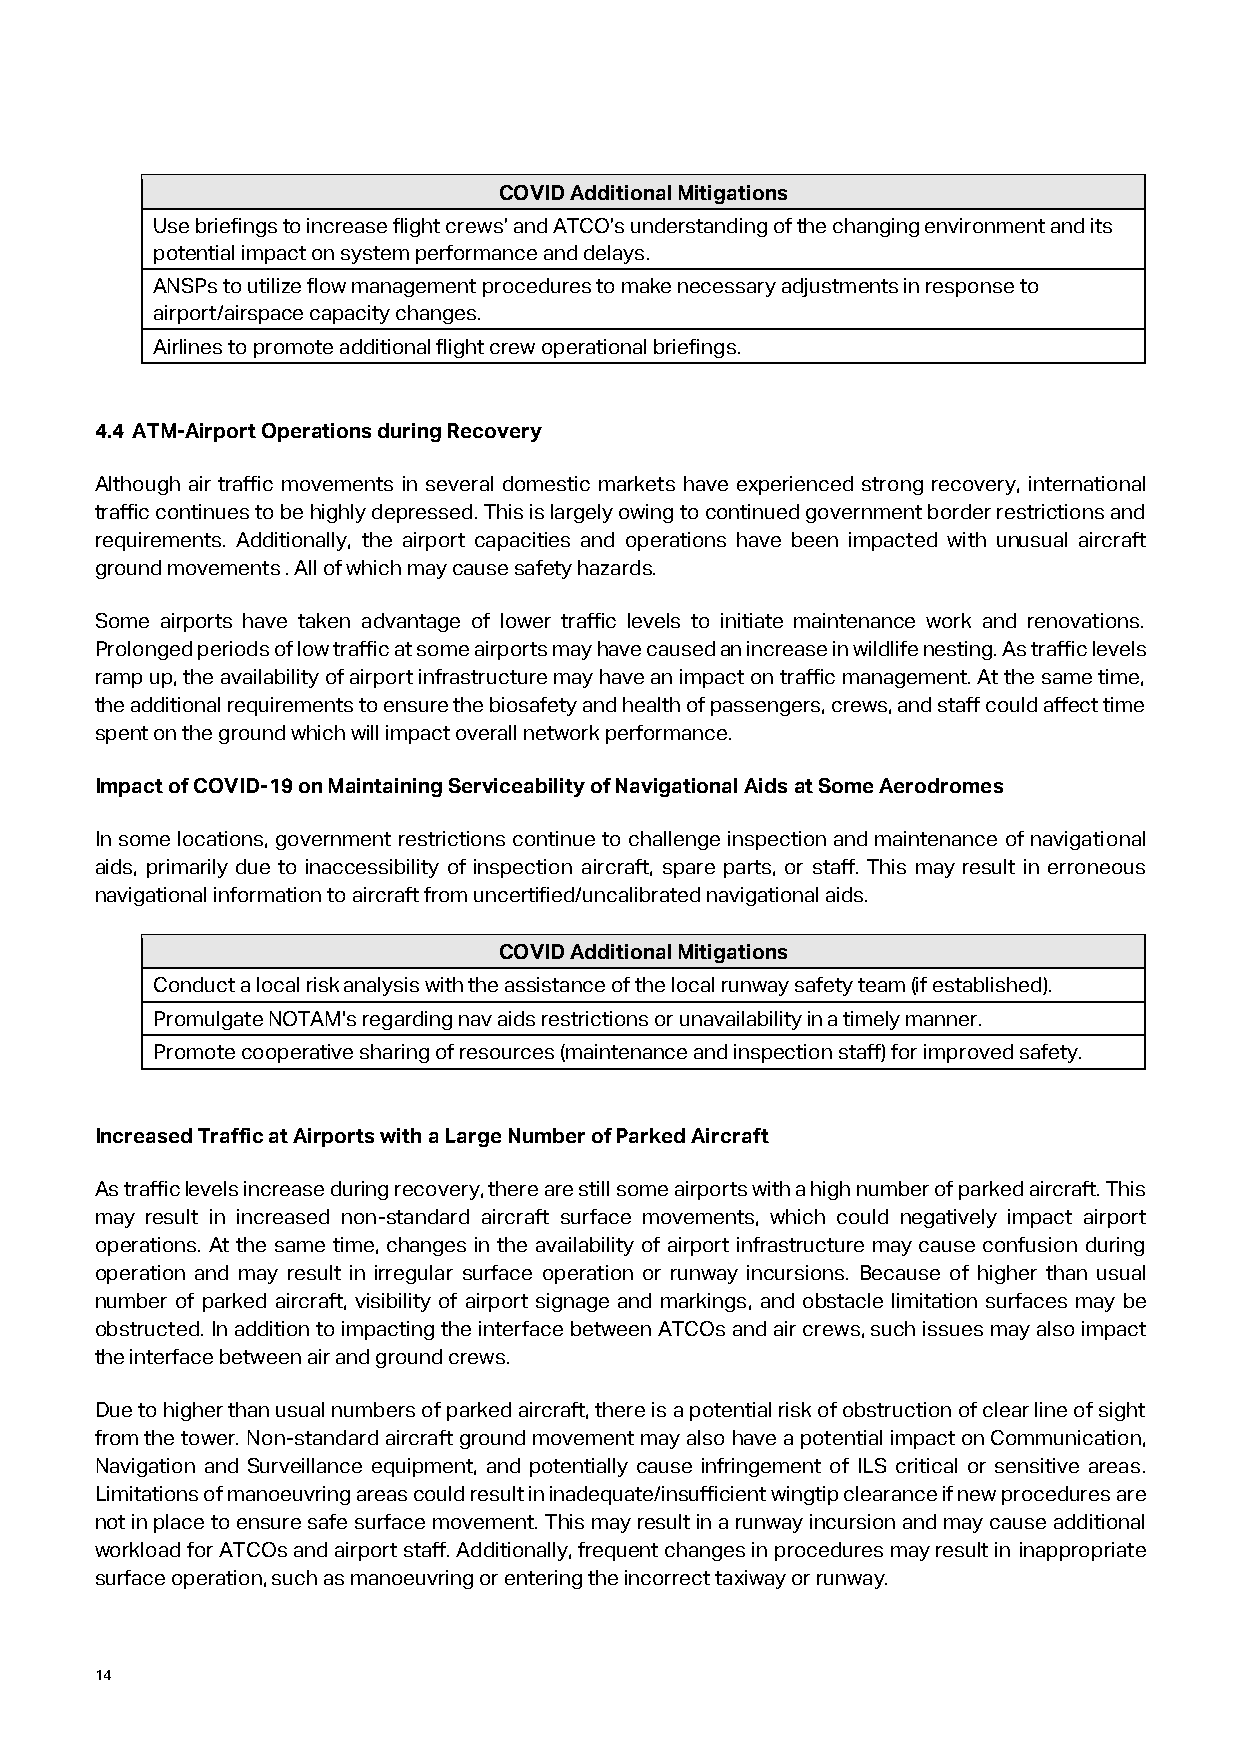
COVID Additional Mitigations
 Use briefings to increase flight crews’ and ATCO’s understanding of the changing environment and its
 potential impact on system performance and delays.
 ANSPs to utilize flow management procedures to make necessary adjustments in response to
 airport/airspace capacity changes.
 Airlines to promote additional flight crew operational briefings.
 4.4 ATM-Airport Operations during Recovery
 Although air traffic movements in several domestic markets have experienced strong recovery, international
 traffic continues to be highly depressed. This is largely owing to continued government border restrictions and
 requirements. Additionally, the airport capacities and operations have been impacted with unusual aircraft
 ground movements . All of which may cause safety hazards.
 Some airports have taken advantage of lower traffic levels to initiate maintenance work and renovations.
 Prolonged periods of low traffic at some airports may have caused an increase in wildlife nesting. As traffic levels
 ramp up, the availability of airport infrastructure may have an impact on traffic management. At the same time,
 the additional requirements to ensure the biosafety and health of passengers, crews, and staff could affect time
 spent on the ground which will impact overall network performance.
 Impact of COVID-19 on Maintaining Serviceability of Navigational Aids at Some Aerodromes
 In some locations, government restrictions continue to challenge inspection and maintenance of navigational
 aids, primarily due to inaccessibility of inspection aircraft, spare parts, or staff. This may result in erroneous
 navigational information to aircraft from uncertified/uncalibrated navigational aids.
 COVID Additional Mitigations
 Conduct a local risk analysis with the assistance of the local runway safety team (if established).
 Promulgate NOTAM's regarding nav aids restrictions or unavailability in a timely manner.
 Promote cooperative sharing of resources (maintenance and inspection staff) for improved safety.
 Increased Traffic at Airports with a Large Number of Parked Aircraft
 As traffic levels increase during recovery, there are still some airports with a high number of parked aircraft. This
 may result in increased non-standard aircraft surface movements, which could negatively impact airport
 operations. At the same time, changes in the availability of airport infrastructure may cause confusion during
 operation and may result in irregular surface operation or runway incursions. Because of higher than usual
 number of parked aircraft, visibility of airport signage and markings, and obstacle limitation surfaces may be
 obstructed. In addition to impacting the interface between ATCOs and air crews, such issues may also impact
 the interface between air and ground crews.
 Due to higher than usual numbers of parked aircraft, there is a potential risk of obstruction of clear line of sight
 from the tower. Non-standard aircraft ground movement may also have a potential impact on Communication,
 Navigation and Surveillance equipment, and potentially cause infringement of ILS critical or sensitive areas.
 Limitations of manoeuvring areas could result in inadequate/insufficient wingtip clearance if new procedures are
 not in place to ensure safe surface movement. This may result in a runway incursion and may cause additional
 workload for ATCOs and airport staff. Additionally, frequent changes in procedures may result in inappropriate
 surface operation, such as manoeuvring or entering the incorrect taxiway or runway.
 14